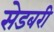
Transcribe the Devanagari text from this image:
सेडबरी